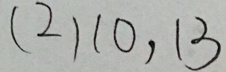
( 2 ) 1 0 , 1 3